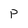
Character: P